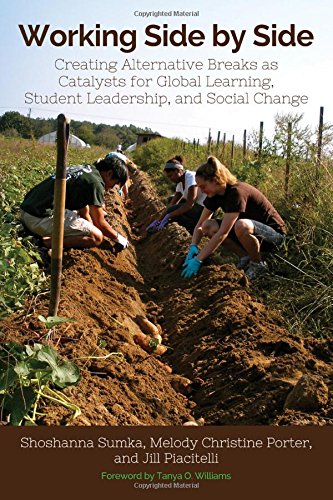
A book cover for Working Side by Side: Creating Alternative Breaks as Catalysts for Global Learning, Student Leadership, and Social Change; Shoshanna Sumka; Business & Money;